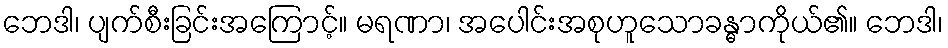
ဘေဒါ၊ ပျက်စီးခြင်းအကြောင့်။ မရဏာ၊ အပေါင်းအစုဟူသောခန္ဓာကိုယ်၏။ ဘေဒါ၊